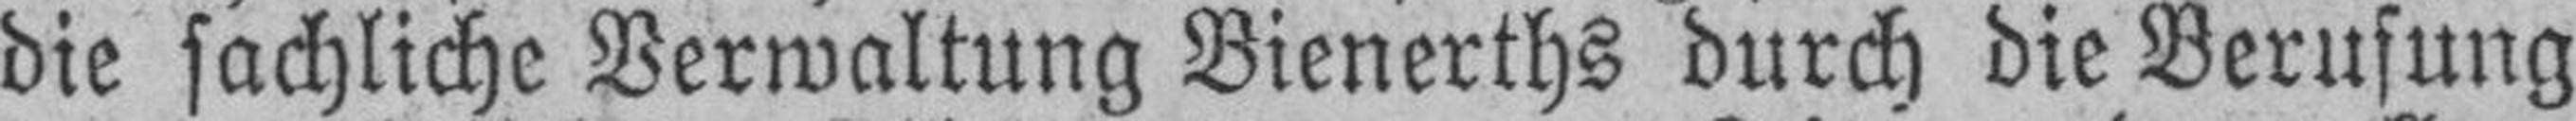
die sachliche Verwaltung Bienerths durch die Berufung